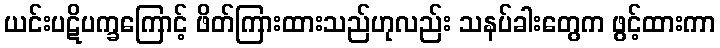
ယင်းပဋိပက္ခကြောင့် ဖိတ်ကြားထားသည်ဟုလည်း သနပ်ခါးတွေက ဖွင့်ထားကာ